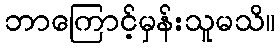
ဘာကြောင့်မှန်းသူမသိ။